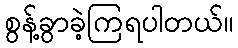
စွန့်ခွာခဲ့ကြရပါတယ်။